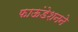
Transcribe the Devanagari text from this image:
फाऊंडेशनने